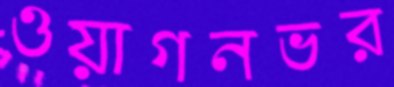
ওয়াগনভর